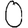
Digit: 0